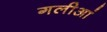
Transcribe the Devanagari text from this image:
गलीआं